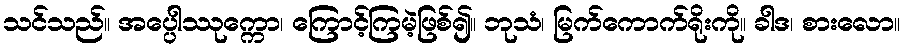
သင်သည်။ အပ္ပေါဿုက္ကော၊ ကြောင့်ကြမဲ့ဖြစ်၍။ ဘုသံ၊ မြက်ကောက်ရိုးကို။ ခါဒ၊ စားလော။